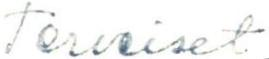
Terveiset